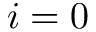
i = 0